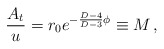
\begin{align*}{A_t \over u} = r_0 e^{-{D-4 \over D-3} \phi} \equiv M\, ,\end{align*}